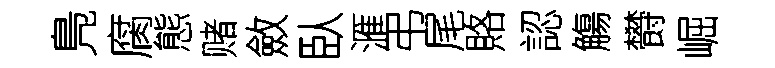
鳬腐態赌斂臥滙弔尾賂認觴欎崛